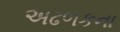
અઢળકના